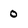
Character: 0